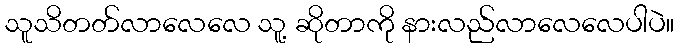
သူသိတတ်လာလေလေ သူ့ ဆိုတာကို နားလည်လာလေလေပါပဲ။